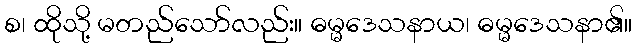
စ၊ ထိုသို့ မတည်သော်လည်း။ ဓမ္မဒေသနာယ၊ ဓမ္မဒေသနာ၏။